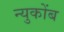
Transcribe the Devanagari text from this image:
न्युकोंब